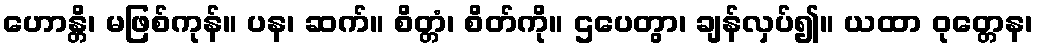
ဟောန္တိ၊ မဖြစ်ကုန်။ ပန၊ ဆက်။ စိတ္တံ၊ စိတ်ကို။ ဌပေတွာ၊ ချန်လှပ်၍။ ယထာ ဝုတ္တေန၊